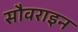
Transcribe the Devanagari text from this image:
सौवराइन